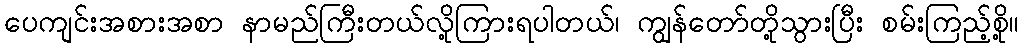
ပေကျင်းအစားအစာ နာမည်ကြီးတယ်လို့ကြားရပါတယ်၊ ကျွန်တော်တို့သွားပြီး စမ်းကြည့်စို့။